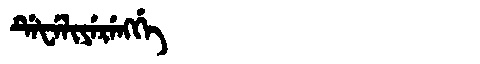
Manchu: ᡩᡝᡶᡝᠯᡳᠶᡝᡵᡝᠩᡤᡝ
Romanization: DEFELIYERENGGE